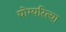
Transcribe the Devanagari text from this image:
योग्यरित्या